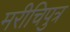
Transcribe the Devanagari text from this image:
मरीचिपुत्र